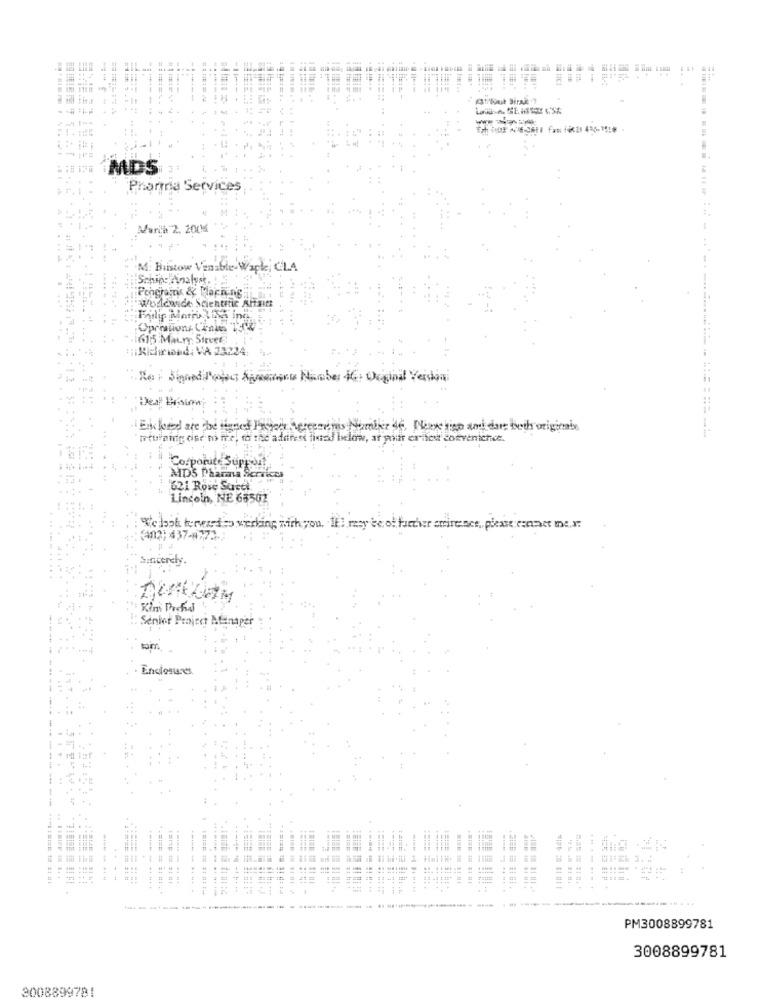
MDS
Pharma Services
faria 2. 2001%
M: Bristow Venable Wapke; CLA
:Schips Analyst. !
Woddasde Scientific Alt
Filip Morin Link ina
161:5 Maury Streer
...
Richirind: VA 23224
Re : Sinnedil'on demeure Number 46: Original Version
Enklered are the signed Payer beregnetis Number of, Plas tico and dort buch originale
Co. poruite Supr
MDS Pharma Services
'621 Rose Surti
Lincoln, NE 68502
302: 437-8773-
Sincerely
DICK COM
Senior Project Manager
--
at S
......
1 .==== == =: ##.
---- ----
==== == ======
--------
PM3008899781
3008899781
3008899781